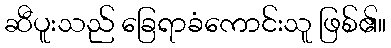
ဆီပူးသည် ခြေရာခံကောင်းသူ ဖြစ်၏။